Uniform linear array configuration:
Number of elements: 24
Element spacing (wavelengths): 0.75
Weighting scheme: hamming
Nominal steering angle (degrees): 0
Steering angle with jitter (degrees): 0.6671
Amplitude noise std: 0.05
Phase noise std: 0.05

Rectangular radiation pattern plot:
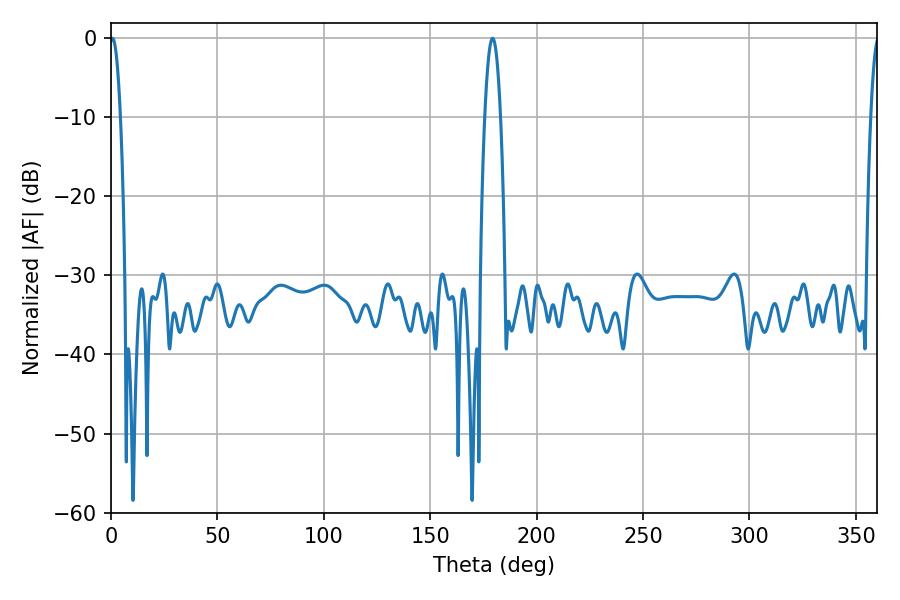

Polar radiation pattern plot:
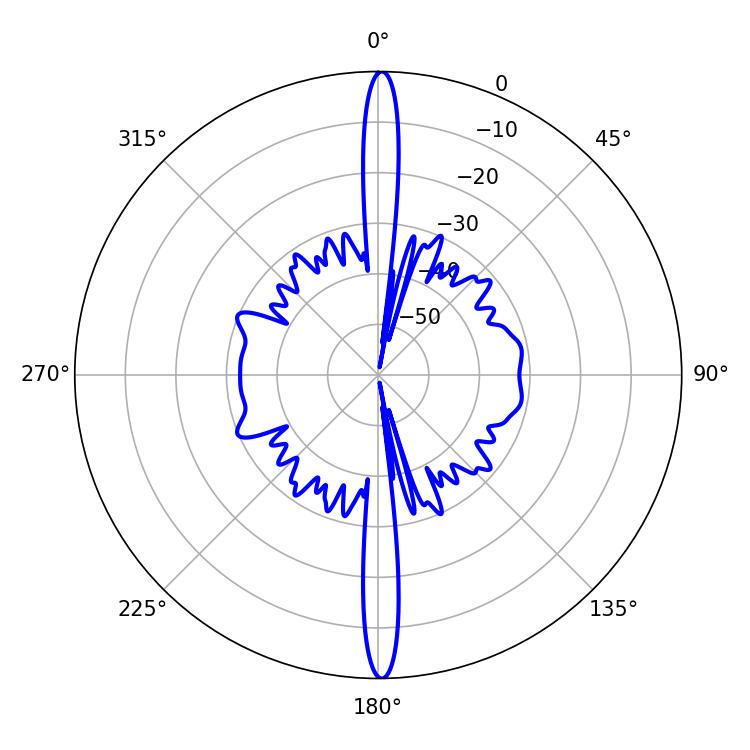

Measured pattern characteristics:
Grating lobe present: TRUE
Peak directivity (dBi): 30.313
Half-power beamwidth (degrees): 2.7
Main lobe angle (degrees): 0.72